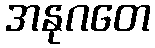
အနုဂတေ